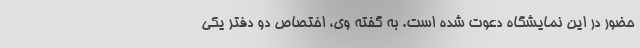
حضور در این نمایشگاه دعوت شده است. به گفته وی، اختصاص دو دفتر یکی